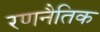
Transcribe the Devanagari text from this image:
रणनैतिक